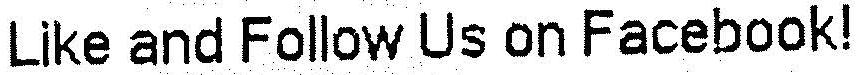
LIKE AND FOLLOW US ON FACEBOOK!